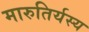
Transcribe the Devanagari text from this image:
मारुतिर्यस्य